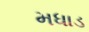
મધાડ